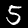
Digit: 5